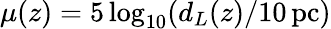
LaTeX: \mu(z)=5\log_{10}(d_{L}(z)/10\mathrm{\, pc})